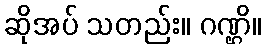
ဆိုအပ် သတည်း။ ဂဏ္ဌိ။